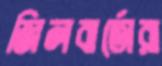
জিলবার্তোরা